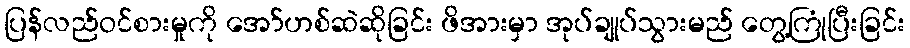
ပြန်လည်ဝင်စားမှုကို အော်ဟစ်ဆဲဆိုခြင်း ဖိအားမှာ အုပ်ချုပ်သွားမည် တွေ့ကြုံပြီးခြင်း